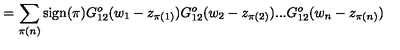
= \sum _ { \pi ( n ) } \mathrm { s i g n } ( \pi ) G _ { 1 2 } ^ { o } ( w _ { 1 } - z _ { \pi ( 1 ) } ) G _ { 1 2 } ^ { o } ( w _ { 2 } - z _ { \pi ( 2 ) } ) . . . G _ { 1 2 } ^ { o } ( w _ { n } - z _ { \pi ( n ) } )